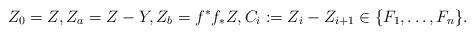
LaTeX: \begin{align*}Z_0=Z, Z_a=Z-Y, Z_b=f^*f_* Z, C_i := Z_i-Z_{i+1} \in \{F_1, \dots, F_n\}. \end{align*}